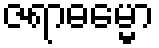
ဇရာဓမ္မော